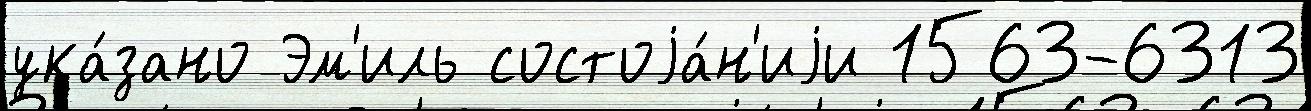
ука́зано Эм'иль состоjа́н'иjи 1563-6313